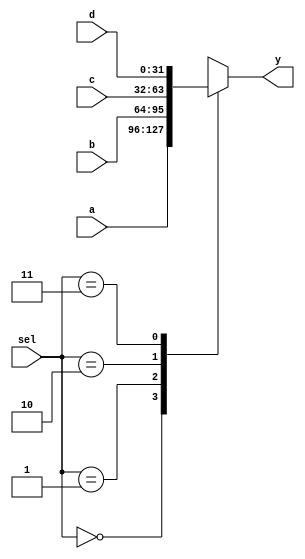
module mux41 #(
  parameter WIDTH = 32)
(
  input       [WIDTH-1:0] a, b, c, d,
  input       [1:0]       sel,
  output reg  [WIDTH-1:0] y
);

// 4:1 mux

always @(*)
  case(sel)
    2'b00: y = a;
    2'b01: y = b;
    2'b10: y = c;
    2'b11: y = d;
    default: ;
  endcase

endmodule